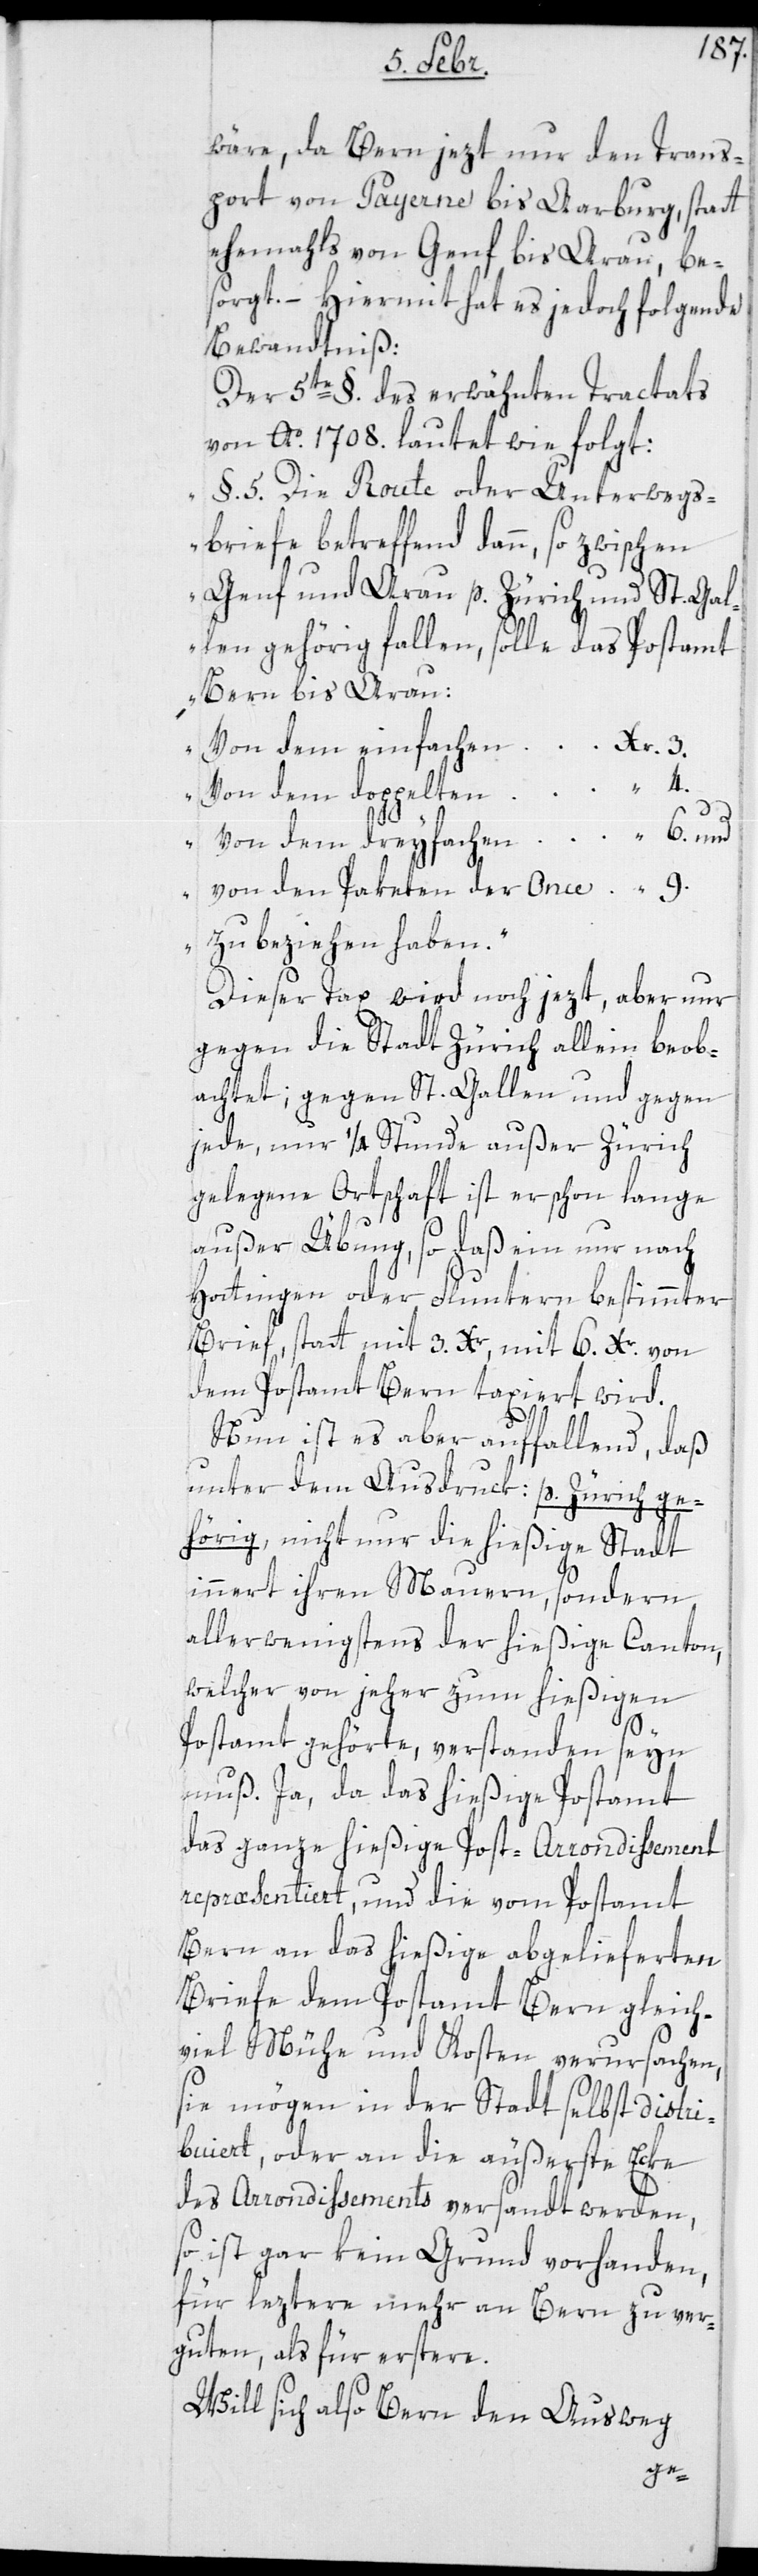
4.

6.

wäre, da Bern jezt nur den Trans¬
port von Payerne bis Aarburg, statt
ehemahls von Genf bis Arau, be¬
sorgt. – Hiermit hat es jedoch folgende
Bewandtniß:
Der 5te §. des erwähnten Tractats
von Ao. 1708. lautet wie folgt:
„§. 5. Die Route oder Unterwegs¬
briefe betreffend dann, so zwischen
Genf und Arau p. Zürich und St. Gal¬
len gehörig fallen, solle das Postamt
Bern bis Arau:
Von dem einfachen
von dem doppelten
von den Paketen der Once
zu beziehen haben.“
Dieser Tax wird noch jezt, aber nur
gegen die Stadt Zürich allein beob¬
achtet; gegen St. Gallen und gegen
jede, nur 1/4 Stunde außer Zürich
gelegene Ortschaft ist er schon lange
außer Übung, so daß ein nur nach
Hottingen oder Fluntern bestimmter
Brief, statt mit 3. Xr., mit 6. Xr. von
dem Postamt Bern taxiert wird.
Nun ist es aber auffallend, daß
unter dem Ausdruk: p. Zürich ge¬
hörig nicht nur die hießige Stadt
innert ihren Mauern, sondern
allerwenigstens der hießige Canton,
welcher von jeher zum hießigen
Postamt gehörte, verstanden sein
muß. Ja, da das hießige Postamt
das ganze hießige Post-Arrondissement
repræsentiert, und die vom Postamt
Bern an das hießige abgelieferten
Briefe dem Postamt Bern gleich¬
viel Mühe und Kosten verursachen,
sie mögen in der Stadt selbst distri¬
buiert, oder an die äußerste Eke
des Arrondissements versandt werden,
so ist gar kein Grund vorhanden,
für leztere mehr an Bern zu ver¬
guten, als für erstere.
Will sich also Bern den Ausweg